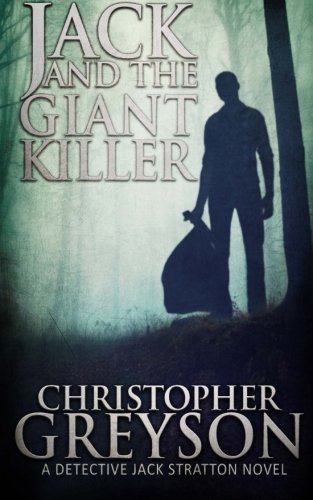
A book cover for Jack and the Giant Killer (Jack Stratton Mystery); Christopher Greyson; Mystery, Thriller & Suspense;